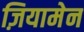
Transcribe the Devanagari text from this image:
ज़ियामेन